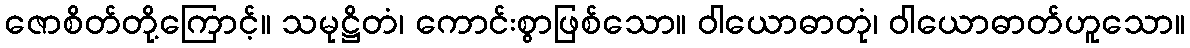
ဇောစိတ်တို့ကြောင့်။ သမုဋ္ဌိတံ၊ ကောင်းစွာဖြစ်သော။ ဝါယောဓာတုံ၊ ဝါယောဓာတ်ဟူသော။